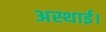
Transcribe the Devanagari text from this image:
अस्थाई।